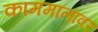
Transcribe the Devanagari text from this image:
काममानावर